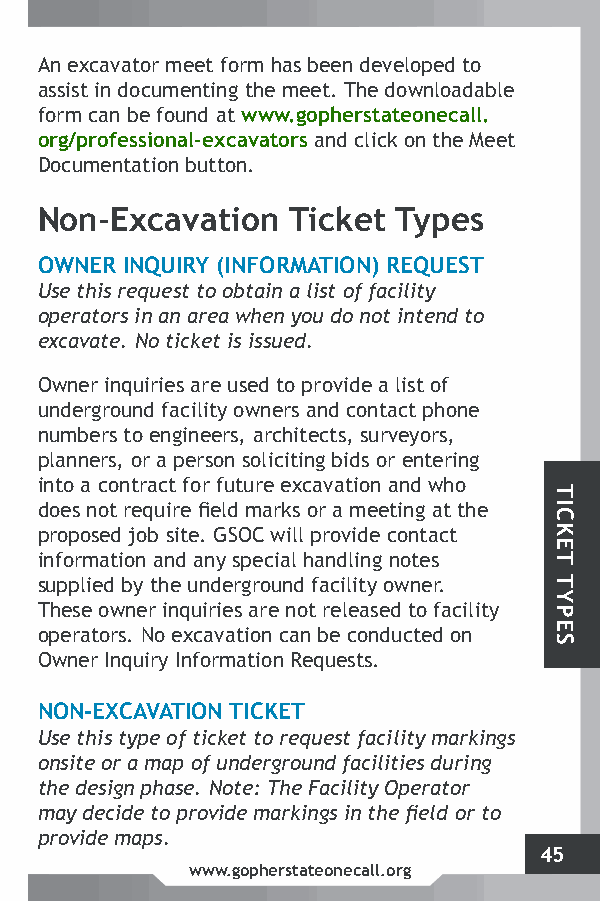
An excavator meet form has been developed to
 assist in documenting the meet. The downloadable
 form can be found at www.gopherstateonecall.
 org/professional-excavators and click on the Meet
 Documentation button.
 Non-Excavation   Ticket Types
 OWNER INQUIRY (INFORMATION) REQUEST
 Use this request to obtain a list of facility
 operators in an area when you do not intend to
 excavate. No ticket is issued.
 Owner inquiries are used to provide a list of
 underground facility owners and contact phone
 numbers to engineers, architects, surveyors,
 planners, or a person soliciting bids or entering
 into a contract for future excavation and who
 does not require field marks or a meeting at the
 proposed job site. GSOC will provide contact
 information and any special handling notes
 supplied by the underground facility owner.
 These owner inquiries are not released to facility
 operators. No excavation can be conducted on
 Owner Inquiry Information Requests.
 NON-EXCAVATION TICKET
 Use this type of ticket to request facility markings
 onsite or a map of underground facilities during
 the design phase. Note: The Facility Operator
 may decide to provide markings in the field or to
 provide maps.
 45
 www.gopherstateonecall.org
 TICKET
 TYPES